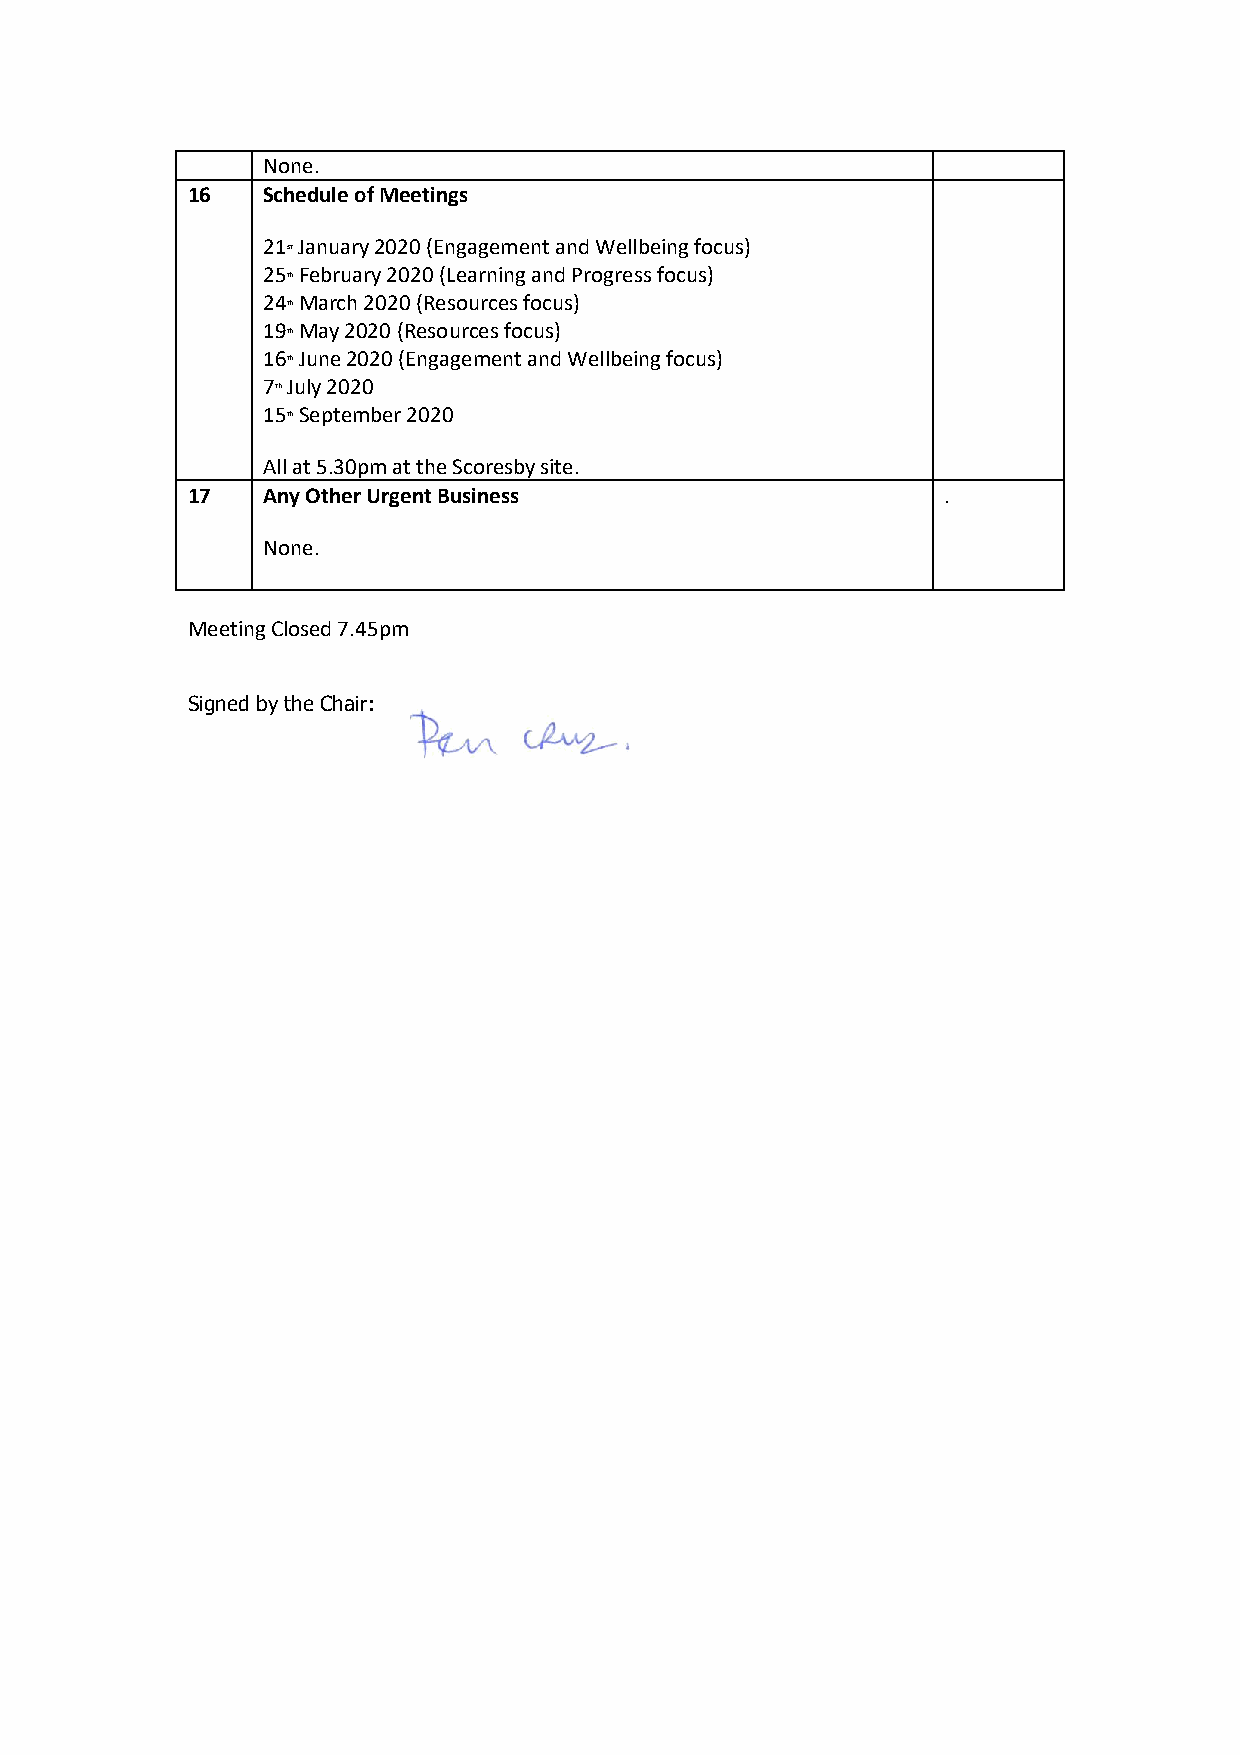
N one.
 16   Schedule of Meetings
 21st January 2020 (Engagement and Wellbeing focus)
 25th February 2020 (Learning and Progress focus)
 24th March 2020 (Resources focus)
 19th May 2020 (Resources focus)
 16th June 2020 (Engagement and Wellbeing focus)
 7th July 2020
 15th September 2020
 A ll at 5.30pm at the Scoresby site.
 17   Any Other Urgent Business                    .
 None.
 Meeting Closed 7.45pm
 Signed by the Chair: